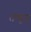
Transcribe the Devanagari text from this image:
तम्मूज